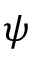
\psi